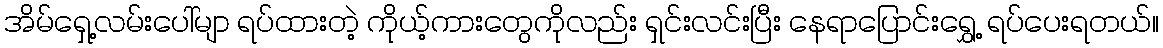
အိမ်ရှေ့လမ်းပေါ်မျာ ရပ်ထားတဲ့ ကိုယ့်ကားတွေကိုလည်း ရှင်းလင်းပြီး နေရာပြောင်းရွှေ့ ရပ်ပေးရတယ်။